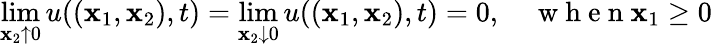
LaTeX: \operatorname*{lim}_{\mathbf{x}_{2}\uparrow0}u((\mathbf{x}_{1},\mathbf{x}_{2}),t)=\operatorname*{lim}_{\mathbf{x}_{2}\downarrow0}u((\mathbf{x}_{1},\mathbf{x}_{2}),t)=0,\quad\mathrm{{~w~h~e~n~}}\mathbf{x}_{1}\geq0